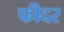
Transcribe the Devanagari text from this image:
फीदर